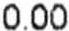
0.00